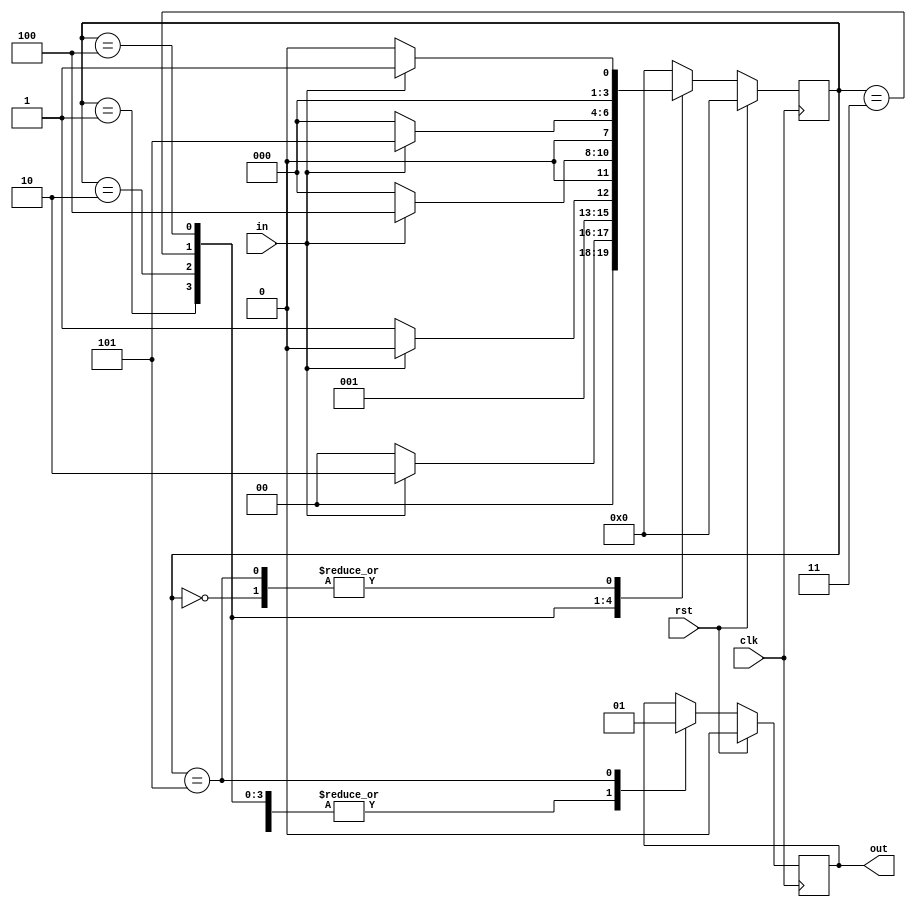
//////////////////////////////////////////////////////////////////////////////////
// Design Name: FSM to detect a sequence of 11011
// Machine: Moore Machine : non-overlapping with one always(process) statement
//////////////////////////////////////////////////////////////////////////////////
`timescale 1ns / 1ps


module Moore(clk,rst,in,out);

    input  wire clk;
    input  wire rst;
    input  wire in;
    output reg out;

    localparam [3:0] S0 = 4'h0,
                     S1 = 4'h1,
                     S2 = 4'h2,
                     S3 = 4'h3,
                     S4 = 4'h4,
                     S5 = 4'h5;

     reg [3:0]state;

    always@(posedge clk)
        begin
            if(rst) begin
                state <= S0;
                out   <= 0;
            end else begin
                case(state)
                    S0 : begin
                            out <= 0;
                            if(in == 1)
                                state <= S1;
                            else
                                state <= S0;
                         end
                    S1 : begin
                            out <= 0;
                            if(in == 1)
                                state <= S2;
                            else
                                state <= S0;
                         end
                    S2 : begin
                            out <= 0;
                            if(in == 0)
                                state <= S3;
                            else
                                state <= S2;
                         end
                    S3 : begin
                            out <= 0;
                            if(in == 1)
                                state <= S4;
                            else
                                state <= S0;
                         end
                    S4 : begin
                            out <= 0;
                            if(in == 1)
                                state <= S5;
                            else
                                state <= S0;
                         end
                    S5 : begin
                            out <= 1;
                            if(in == 1)
                                state <= S1;
                            else
                                state <= S0;
                         end
                   default: state <= S0;
                endcase
              end
        end




endmodule